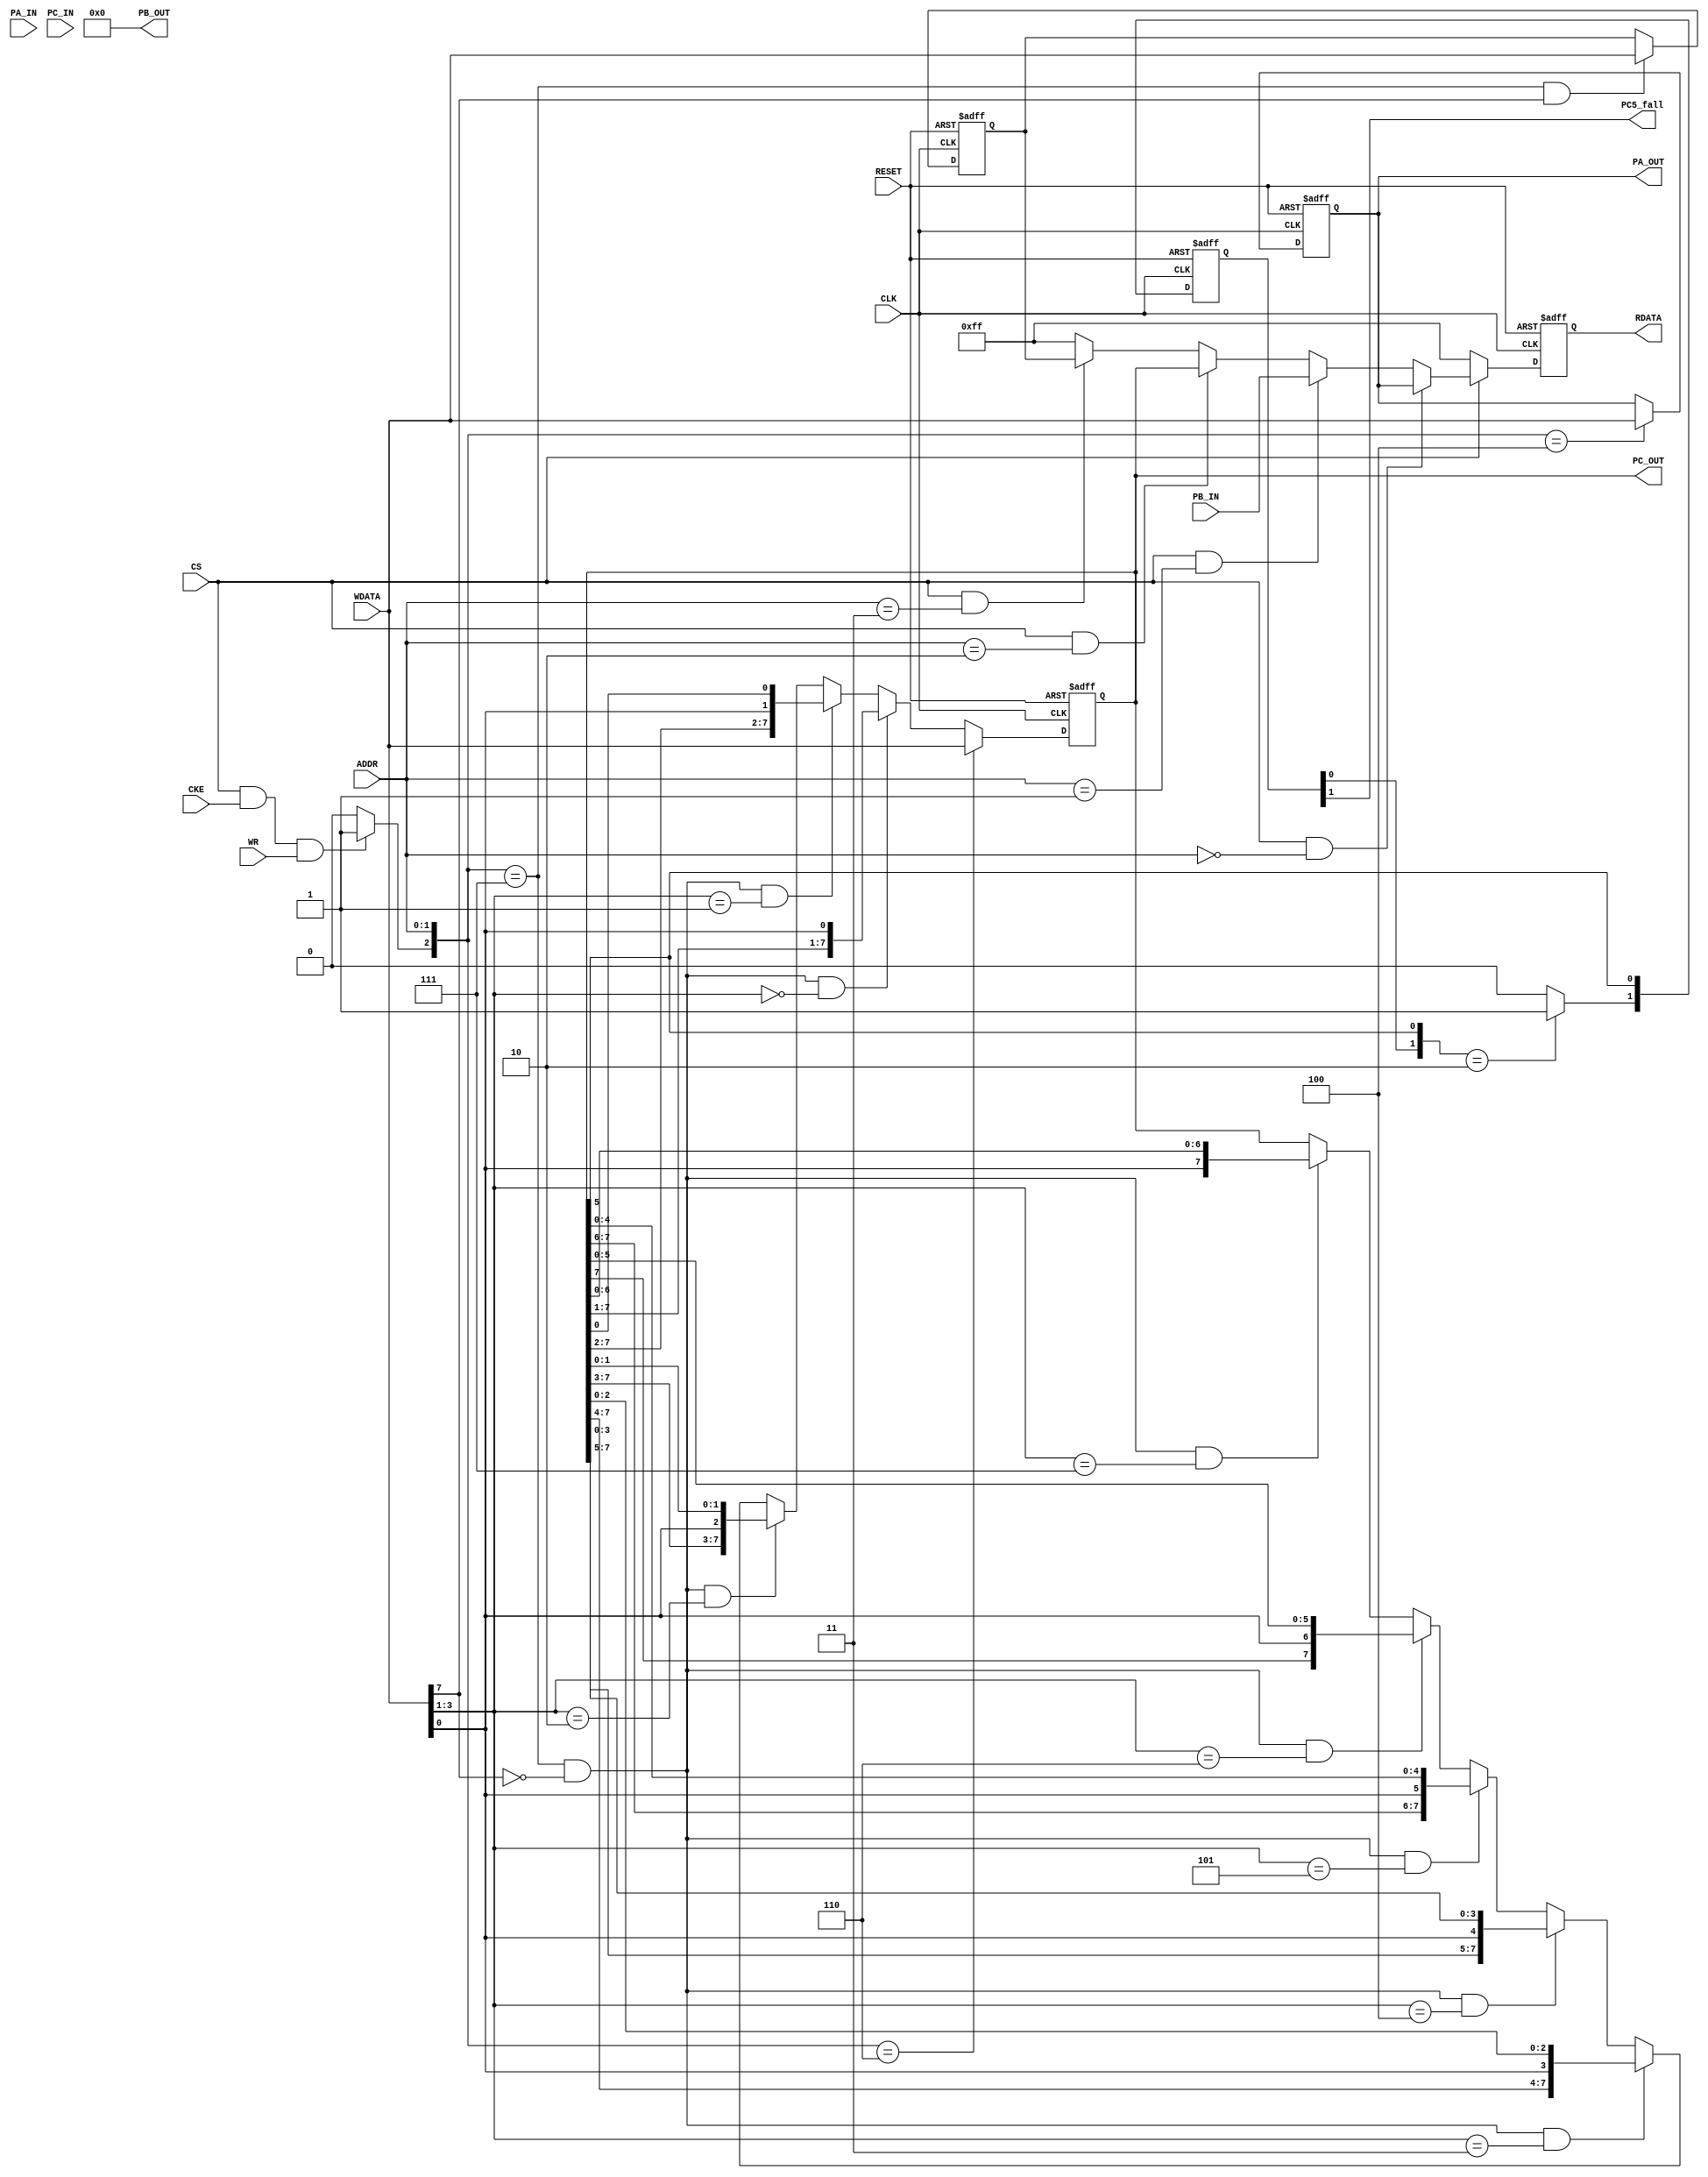
//------------------------------------------------------------------------------
//
//	n8255.v : syncronous 8255 module
//
//  LICENSE : "as-is"
//  TakeshiNagashima(T.NG) caramelgete@gmail.com
//------------------------------------------------------------------------------
//  2014/jan/11 release 0.0  
//
//------------------------------------------------------------------------------

module n8255 #(
	parameter	busfree=8'hff
) (
	input			CLK,		// in    [CPU] clk
	input			CKE,		// in    [CPU] cke
	input			RESET,		// in    [CPU] reset
	input	[1:0]	ADDR,		// in    [CPU] addr[1:0]
	input			WR,			// in    [CPU] wr
	input	[7:0]	WDATA,		// in    [CPU] cs
	output	[7:0]	RDATA,		// in    [CPU] cs

	input			CS,

	output			PC5_fall,	// out   [PPI] multibank req
	input	[7:0]	PA_IN,		// in    [PPI] na
	input	[7:0]	PB_IN,		// in    [PPI] -- 
	input	[7:0]	PC_IN,		// in    [PPI] na
	output	[7:0]	PA_OUT,		// out   [PPI] -- printer data --
	output	[7:0]	PB_OUT,		// out   [PPI] na
	output	[7:0]	PC_OUT		// out   [PPI] -- 
);

	reg		[7:0] rdata_r;
	reg		[7:0] mode_r;
	reg		[7:0] porta_r;
	reg		[7:0] portb_r;
	reg		[7:0] portc_r;
	reg		[1:0] portc5_r;
	wire	[7:0] rdata_w;
	wire	[7:0] mode_w;
	wire	[7:0] porta_w;
	wire	[7:0] portb_w;
	wire	[7:0] portc_w;
	wire	[1:0] portc5_w;

	wire	wr_req;

	assign RDATA[7:0]=rdata_r[7:0];

	assign PA_OUT[7:0]=porta_r[7:0];
	assign PB_OUT[7:0]=8'b0;	// na
	assign PC_OUT[7:0]=portc_r[7:0];

	assign PC5_fall=portc5_r[1];

	always @(posedge CLK or posedge RESET)
	begin
		if (RESET==1'b1)
			begin
				rdata_r[7:0] <= busfree[7:0];
				mode_r[7:0] <= 8'b0;
				porta_r[7:0] <= 8'hff;
				portb_r[7:0] <= 8'b0;
				portc_r[7:0] <= 8'hff;
				portc5_r[1:0] <= 2'b11;
			end
		else
			begin
				rdata_r[7:0] <= rdata_w[7:0];
				mode_r[7:0] <= mode_w[7:0];
				porta_r[7:0] <= porta_w[7:0];
				portb_r[7:0] <= portb_w[7:0];
				portc_r[7:0] <= portc_w[7:0];
				portc5_r[1:0] <= portc5_w[1:0];
			end
	end

	assign wr_req=(CS==1'b1) & (CKE==1'b1) & (WR==1'b1) ? 1'b1 : 1'b0;

	assign rdata_w[7:0]=
			(CS==1'b0) ? busfree[7:0] :
			(CS==1'b1) & (ADDR[1:0]==2'b00) ? porta_r[7:0] :
			(CS==1'b1) & (ADDR[1:0]==2'b01) ? PB_IN[7:0] :
			(CS==1'b1) & (ADDR[1:0]==2'b10) ? portc_r[7:0] :
			(CS==1'b1) & (ADDR[1:0]==2'b11) ? mode_r[7:0] :
			busfree[7:0];

	assign mode_w[7:0]=({wr_req,ADDR[1:0]}==3'b111) & (WDATA[7]==1'b1) ? WDATA[7:0] : mode_r[7:0];

	assign porta_w[7:0]=({wr_req,ADDR[1:0]}==3'b100) ? WDATA[7:0] : porta_r[7:0];
	assign portb_w[7:0]=({wr_req,ADDR[1:0]}==3'b101) ? WDATA[7:0] : portb_r[7:0];
	assign portc_w[7:0]=
			({wr_req,ADDR[1:0]}==3'b110) ? WDATA[7:0] :
			({wr_req,ADDR[1:0]}==3'b111) & (WDATA[7]==1'b0) & (WDATA[3:1]==3'b000) ? {portc_r[7:1],WDATA[0]} :
			({wr_req,ADDR[1:0]}==3'b111) & (WDATA[7]==1'b0) & (WDATA[3:1]==3'b001) ? {portc_r[7:2],WDATA[0],portc_r[0]} :
			({wr_req,ADDR[1:0]}==3'b111) & (WDATA[7]==1'b0) & (WDATA[3:1]==3'b010) ? {portc_r[7:3],WDATA[0],portc_r[1:0]} :
			({wr_req,ADDR[1:0]}==3'b111) & (WDATA[7]==1'b0) & (WDATA[3:1]==3'b011) ? {portc_r[7:4],WDATA[0],portc_r[2:0]} :
			({wr_req,ADDR[1:0]}==3'b111) & (WDATA[7]==1'b0) & (WDATA[3:1]==3'b100) ? {portc_r[7:5],WDATA[0],portc_r[3:0]} :
			({wr_req,ADDR[1:0]}==3'b111) & (WDATA[7]==1'b0) & (WDATA[3:1]==3'b101) ? {portc_r[7:6],WDATA[0],portc_r[4:0]} :
			({wr_req,ADDR[1:0]}==3'b111) & (WDATA[7]==1'b0) & (WDATA[3:1]==3'b110) ? {portc_r[7],WDATA[0],portc_r[5:0]} :
			({wr_req,ADDR[1:0]}==3'b111) & (WDATA[7]==1'b0) & (WDATA[3:1]==3'b111) ? {WDATA[0],portc_r[6:0]} :
			portc_r[7:0];

	assign portc5_w[0]=portc_r[5];
	assign portc5_w[1]=({portc5_r[0],portc_r[5]}==2'b10) ? 1'b1 : 1'b0;

endmodule